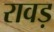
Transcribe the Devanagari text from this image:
रावड़